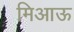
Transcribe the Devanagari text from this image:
मिआऊ